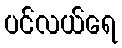
ပင်လယ်ရေ